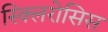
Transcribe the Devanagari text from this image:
स्क्लिरोसिस